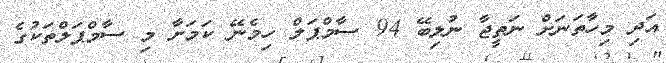
އަދި މިހާތަނަށް ނަތީޖާ ނުލިބޭ 94 ސާމްޕަލް ހިމެނޭ ކަމަށާ މި ސާމްޕަލްތަކުގެ